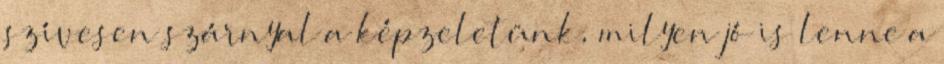
szívesen szárnyal a képzeletünk, milyen jó is lenne a